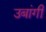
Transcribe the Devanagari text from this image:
उबांगी